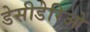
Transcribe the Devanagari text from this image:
डेसीडेरिओ